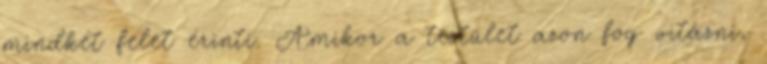
mindkét felet érinti. Amikor a testület azon fog vitázni,